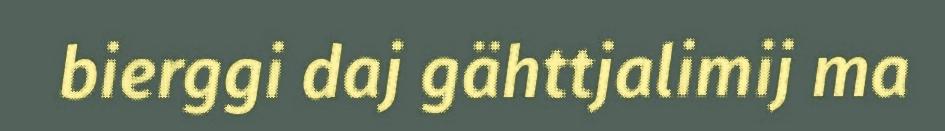
bierggi daj gähttjalimij ma